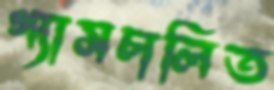
গ্যাসচালিত